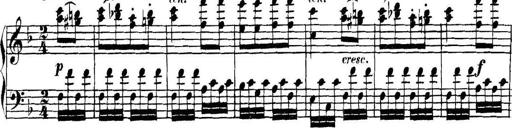
Title: Collected Piano Sonatas
Composer: Muzio Clementi